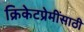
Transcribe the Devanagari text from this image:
क्रिकेटप्रेमींसाठी